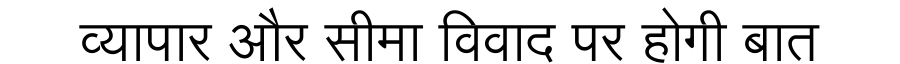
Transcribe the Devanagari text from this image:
व्यापार और सीमा विवाद पर होगी बात